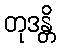
တုဒန္တိ